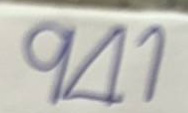
941